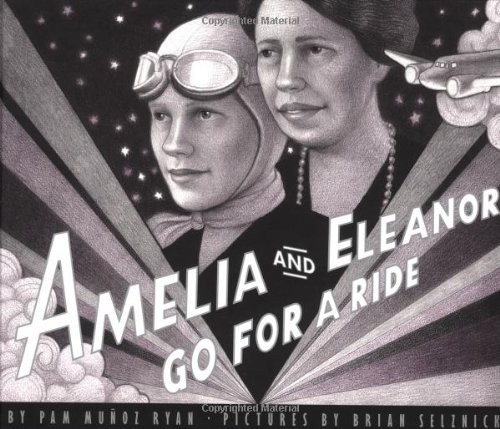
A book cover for Amelia And Eleanor Go For A Ride; Pam Munoz Ryan; Children's Books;